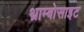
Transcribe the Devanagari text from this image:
थ्राम्बोसाइट